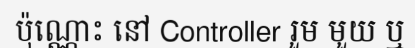
ប៉ុណ្ណោះ នៅ Controller រួម មួយ ឬ